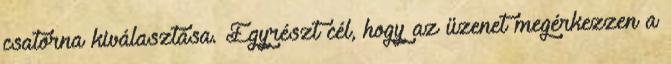
csatorna kiválasztása. Egyrészt cél, hogy az üzenet megérkezzen a